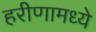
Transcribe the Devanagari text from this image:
हरीणामध्ये